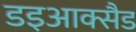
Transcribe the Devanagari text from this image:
डइआक्सैड